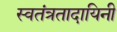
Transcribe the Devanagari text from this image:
स्वतंत्रतादायिनी